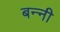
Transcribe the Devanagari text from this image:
बन्‍नी